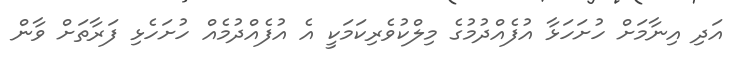
އަދި އިނާމަށް ހުށަހަޅާ އުފެއްދުމުގެ މިލްކުވެރިކަމަކީ އެ އުފެއްދުމެއް ހުށަހެޅި ފަރާތަށް ވާން